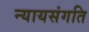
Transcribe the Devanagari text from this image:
न्यायसंगति